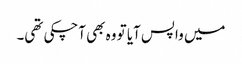
میں واپس آیا تو وہ بھی آچکی تھی۔